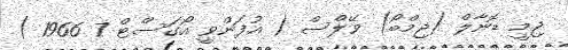
ޖިމީ ޑޮނާލް (ޖިމްބޯ) ވޭލްސް ( އުފަންވީ އޯގަސްޓް 7 1966 )